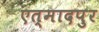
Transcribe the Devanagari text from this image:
एत्मादपुर